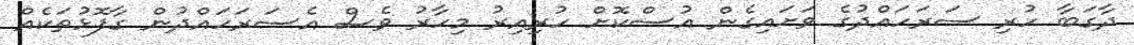
ދާގަބާ ހުރި ސަރަހައްދުގެ ވަށައިގެން އުސްކޮށް ހުރިއިރު މިހާރު ވެސް އެސަރަހައްދުން ގާފޮޅުތަކެއް